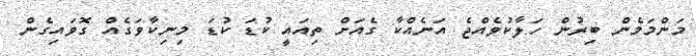
މަންމަމެން ބިރުން ހަލާކުވެއްޖެ އަނެއްކާ ގެއަށް ތިއައީ ކުޑަ ކުޑަ މިނިކާވަގެއް ގޮވައިގެން